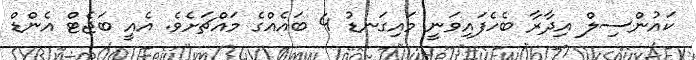
ކައުންސިލް އިދާރާ ބެހެފައިވަނީ މައިގަނޑު 4 ބައެއްގެ މައްޗަށެވެ. އެއީ ބަޖެޓް އެންޑް